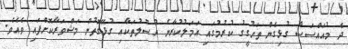
ދެ މުއައްސަސާ ގުޅިގެން ތަހުގީގު ކުރުމުގައި އަމަލުކުރާނެ އުސޫލުތަކާއި ގުޅޭގޮތުން މަޝްވަރާކޮށްފައި ވެއެވެ.